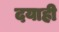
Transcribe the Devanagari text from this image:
दयाही